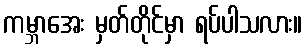
ကမ္ဘာအေး မှတ်တိုင်မှာ ရပ်ပါသလား။